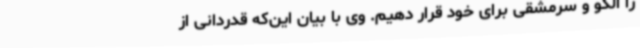
را الگو و سرمشقی برای خود قرار دهیم. وی با بیان این‌که قدردانی از